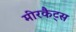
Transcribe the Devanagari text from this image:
मीरकैट्स